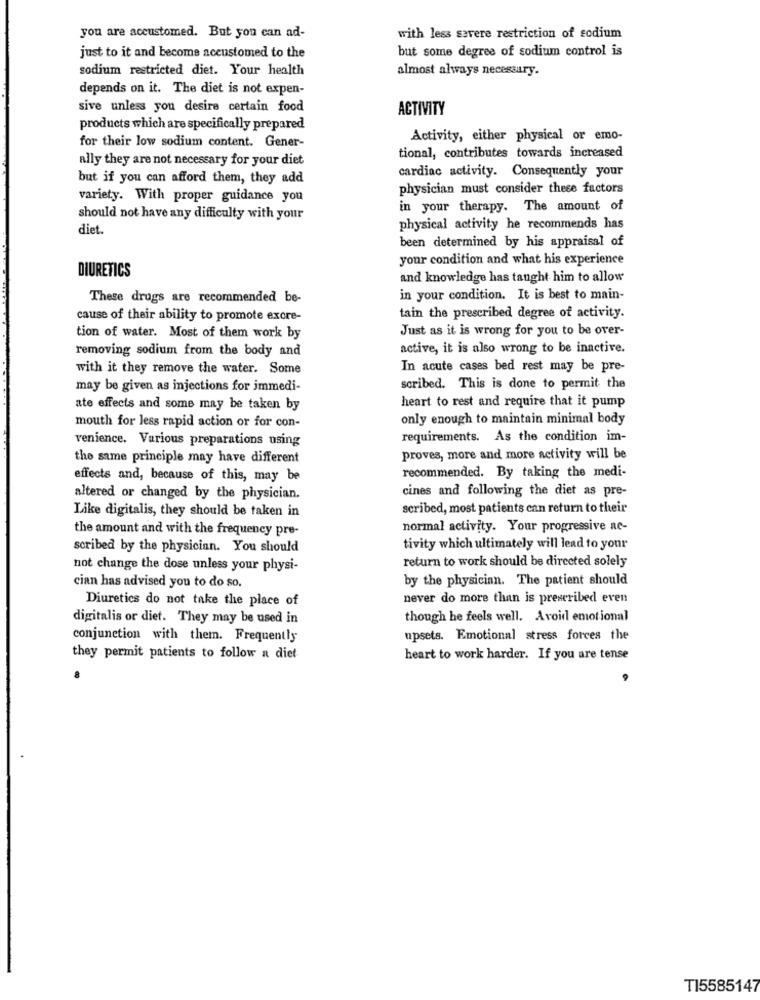
you are accustomed. But you can ad-
with less severe restriction of sodium
but some degree of sodium control is
just to it and become accustomed to the
sodium restricted diet. Your health
almost always necessary.
depends on it. The diet is not expen-
sive unless you desire certain food
ACTIVITY
products which are specifically prepared
Activity, either physical or emo-
for their low sodium content. Gener-
ally they are not necessary for your diet
tional, contributes towards increased
cardiac activity. Consequently your
but if you can afford them, they add
physician must consider these factors
variety. With proper guidance you
in your therapy. The amount of
should not have any difficulty with your
diet.
physical activity he recommends has
been determined by his appraisal of
your condition and what his experience
DIURETICS
and knowledge has taught him to allow
These drugs are recommended be-
in your condition. It is best to main-
cause of their ability to promote excre-
tain the prescribed degree of activity.
Just as it is wrong for you to be over-
tion of water. Most of them work by
removing sodium from the body and
active, it is also wrong to be inactive.
with it they remove the water. Some
In acute cases bed rest may be pre-
may be given as injections for immedi-
scribed. This is done to permit the
ate effects and some may be taken by
heart to rest and require that it pump
only enough to maintain minimal body
mouth for less rapid action or for con-
venience. Various preparations using
requirements. As the condition im-
the same principle may have different
proves, more and more activity will be
effects and, because of this, may be
recommended. By taking the medi-
cines and following the diet as pre-
altered or changed by the physician.
scribed, most patients can return to their
Like digitalis, they should be taken in
the amount and with the frequency pre-
normal activity. Your progressive ne-
scribed by the physician. You should
tivity which ultimately will lead to your
not change the dose unless your physi-
return to work should be directed solely
by the physician. The patient should
cian has advised you to do so.
Diuretics do not take the place of
never do more than is prescribed even
digitalis or diet. They may be used in
though he feels well. Avoid emotional
conjunction with them. Frequently
upsets. Emotional stress forces the
they permit patients to follow a diet
heart to work harder. If you are tense
TI5585147